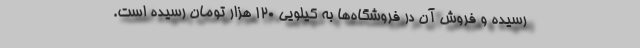
رسیده و فروش آن در فروشگاه‌ها به کیلویی 120 هزار تومان رسیده است.